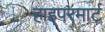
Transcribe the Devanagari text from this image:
हाइपरमार्ट